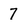
Character: 7